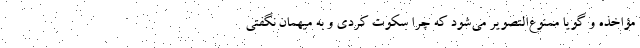
مؤاخذه و گویا ممنوع‌التصویر می‌شود که چرا سکوت کردی و به میهمان نگفتی